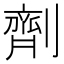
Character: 劑